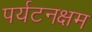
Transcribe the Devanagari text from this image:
पर्यटनक्षम